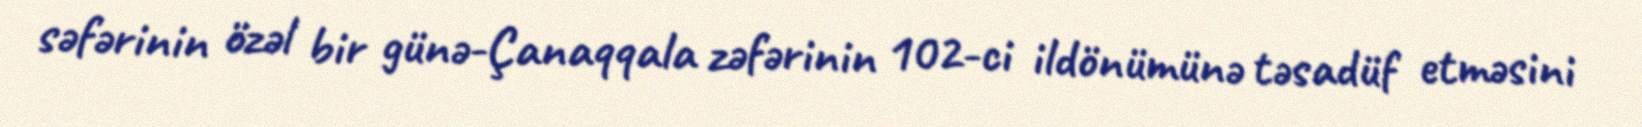
səfərinin özəl bir günə-Çanaqqala zəfərinin 102-ci ildönümünə təsadüf etməsini